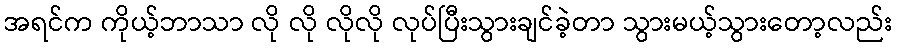
အရင်က ကိုယ့်ဘာသာ လို လို လိုလို လုပ်ပြီးသွားချင်ခဲ့တာ သွားမယ့်သွားတော့လည်း